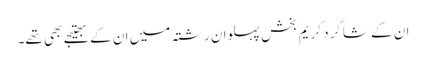
ان کے شاگرد کریم بخش پہلوان رشتہ میں ان کے بھتیجے بھی تھے۔